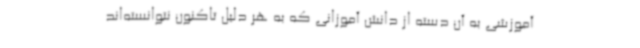
آموزشی به آن دسته از دانش آموزانی که به هر دلیل تاکنون نتوانسته‌اند